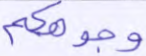
وجوهكم